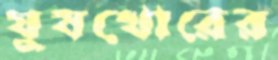
ঘুষখোরের